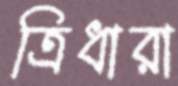
ত্রিধারা